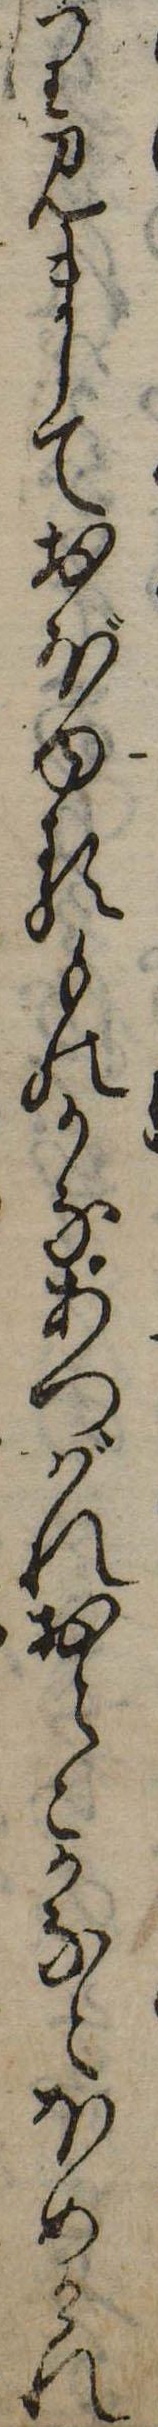
り見ましておぼゆるものかなあつばれおとこかなとほめけれ